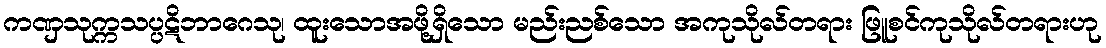
ကဏှသုက္ကသပ္ပဋိဘာဂေသု၊ ထူးသောအဖို့ရှိသော မည်းညစ်သော အကုသိုလ်တရား ဖြူစင်ကုသိုလ်တရားဟု